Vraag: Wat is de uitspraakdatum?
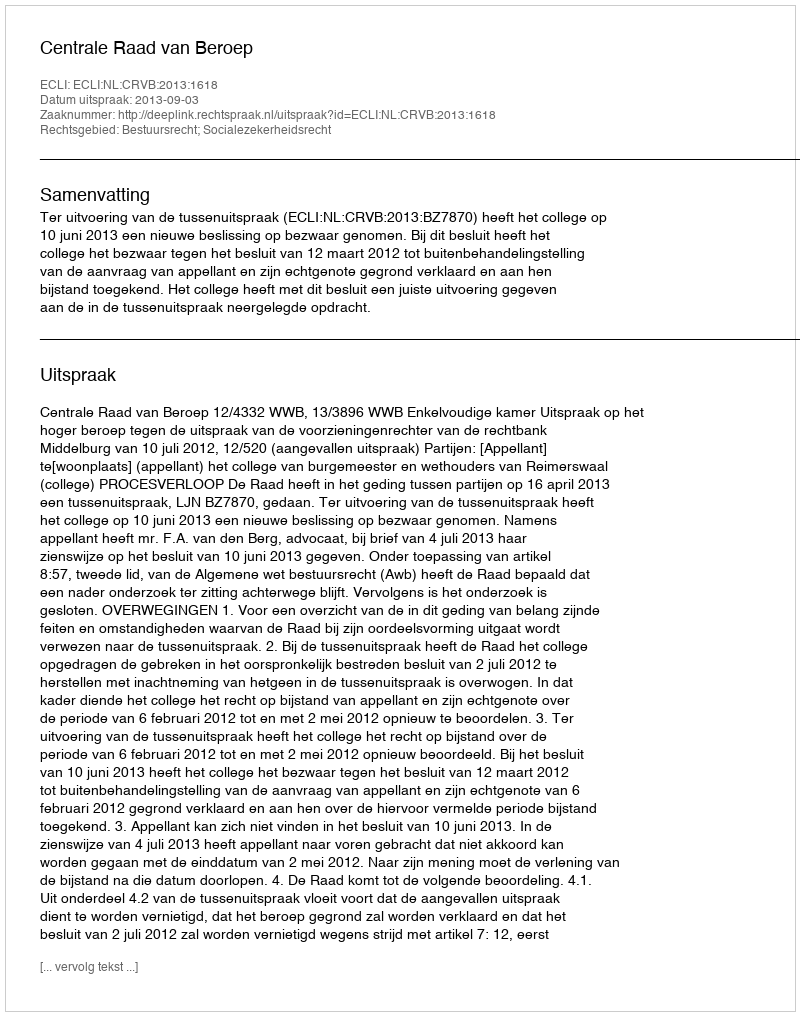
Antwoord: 2013-09-03